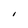
Character: I